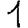
Digit: 1